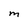
Character: m